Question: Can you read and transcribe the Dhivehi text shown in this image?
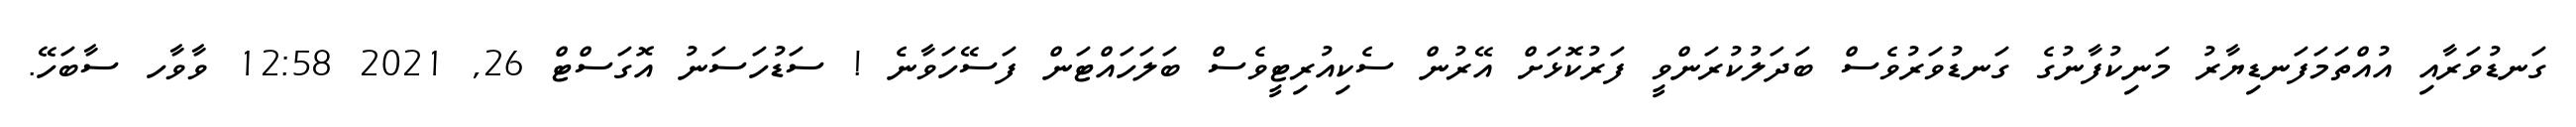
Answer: ގަނޑުވަރާއި އުއްތަމަފަނޑިޔާރު މަނިކުފާނުގެ ގަނޑުވަރުވެސް ބަދަލުކުރަންވީ ފަރުކޮޅަށް އޭރުން ސެކިއުރިޓީވެސް ބަލަހައްޓަން ފަސޭހަވާނެ ! ސަޑުހަސަނު އޮގަސްޓް 26, 2021 12:58 ވާވާހ ސާބަހޭ.